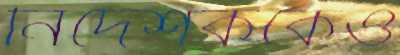
নির্দেশককেও